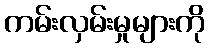
ကမ်းလှမ်းမှုများကို